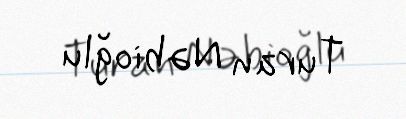
Turan Nəbioğlu